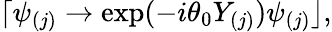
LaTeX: \lceil\psi_{(j)}\rightarrow\exp(-i\theta_{0}Y_{(j)})\psi_{(j)}\rfloor,